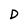
Character: D